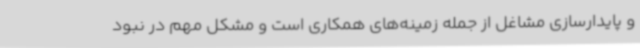
و پایدارسازی مشاغل از جمله زمینه‌های همکاری است و مشکل مهم در نبود